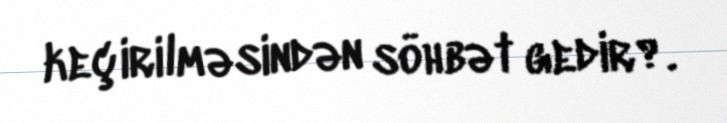
keçirilməsindən söhbət gedir?.